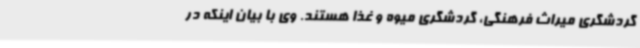
گردشگری میراث فرهنگی، گردشگری میوه و غذا هستند. وی با بیان اینکه در